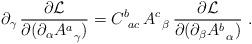
LaTeX: \begin{align*} \partial_{\gamma}\, {\partial {\cal L}\over \partial (\partial_{\alpha} A^a_{\,\ \gamma})} = C^b_{\ ac}\, A^c_{\,\ \beta}\, {\partial {\cal L}\over \partial (\partial_{\beta} A^b_{\,\ \alpha})}\ .\end{align*}